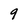
Character: 9